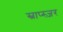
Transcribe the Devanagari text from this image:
स्नाप्स्ज़र